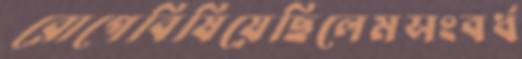
রোগেবিষিয়েছিলেমসংবর্ধ